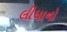
લીધાનો